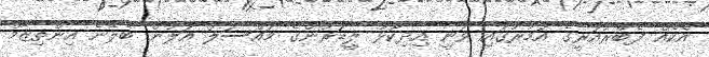
އެކެއް ފެބްރުއަރީގެ އަމުރުގައި ވަނީ އިދިކޮޅު ލީޑަރުންގެ މައްސަލަ އަލުން ބެލޭނެ އިންތިޒާމް